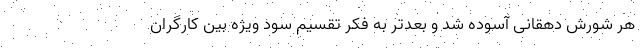
هر شورش دهقانی آسوده شد و بعدتر به فکر تقسیم سود ویژه بین کارگران